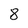
Character: 8